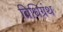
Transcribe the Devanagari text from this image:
विधिग्रंथ